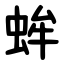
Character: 蛑